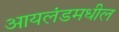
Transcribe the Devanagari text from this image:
आयलंडमधील